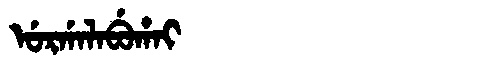
Manchu: ᡠᡵᡤᠠᠯᠠᠪᡠᡥᠠᡳ
Romanization: URGALABUHAI